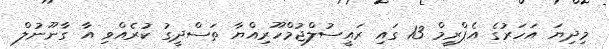
މިދިޔަ އަހަރުގެ އެޕްރީމް 13 ގައި ރައީސުލްޖުމްހޫރިއްޔާ ތަސްދީގު ކުރެއްވި އާ ގާނޫނުލް